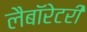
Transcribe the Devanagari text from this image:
लैबॉरेटरी